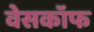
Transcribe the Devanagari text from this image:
वेसकॉफ